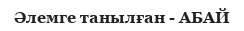
Әлемге танылған - АБАЙ